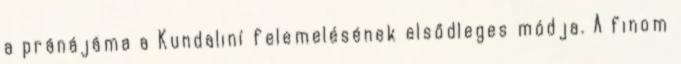
a pránájáma a Kundaliní felemelésének elsődleges módja. A finom